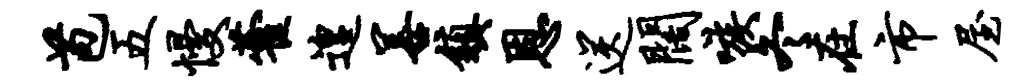
苞五慢藿遑善镇恩送阔嗾冬在市屋